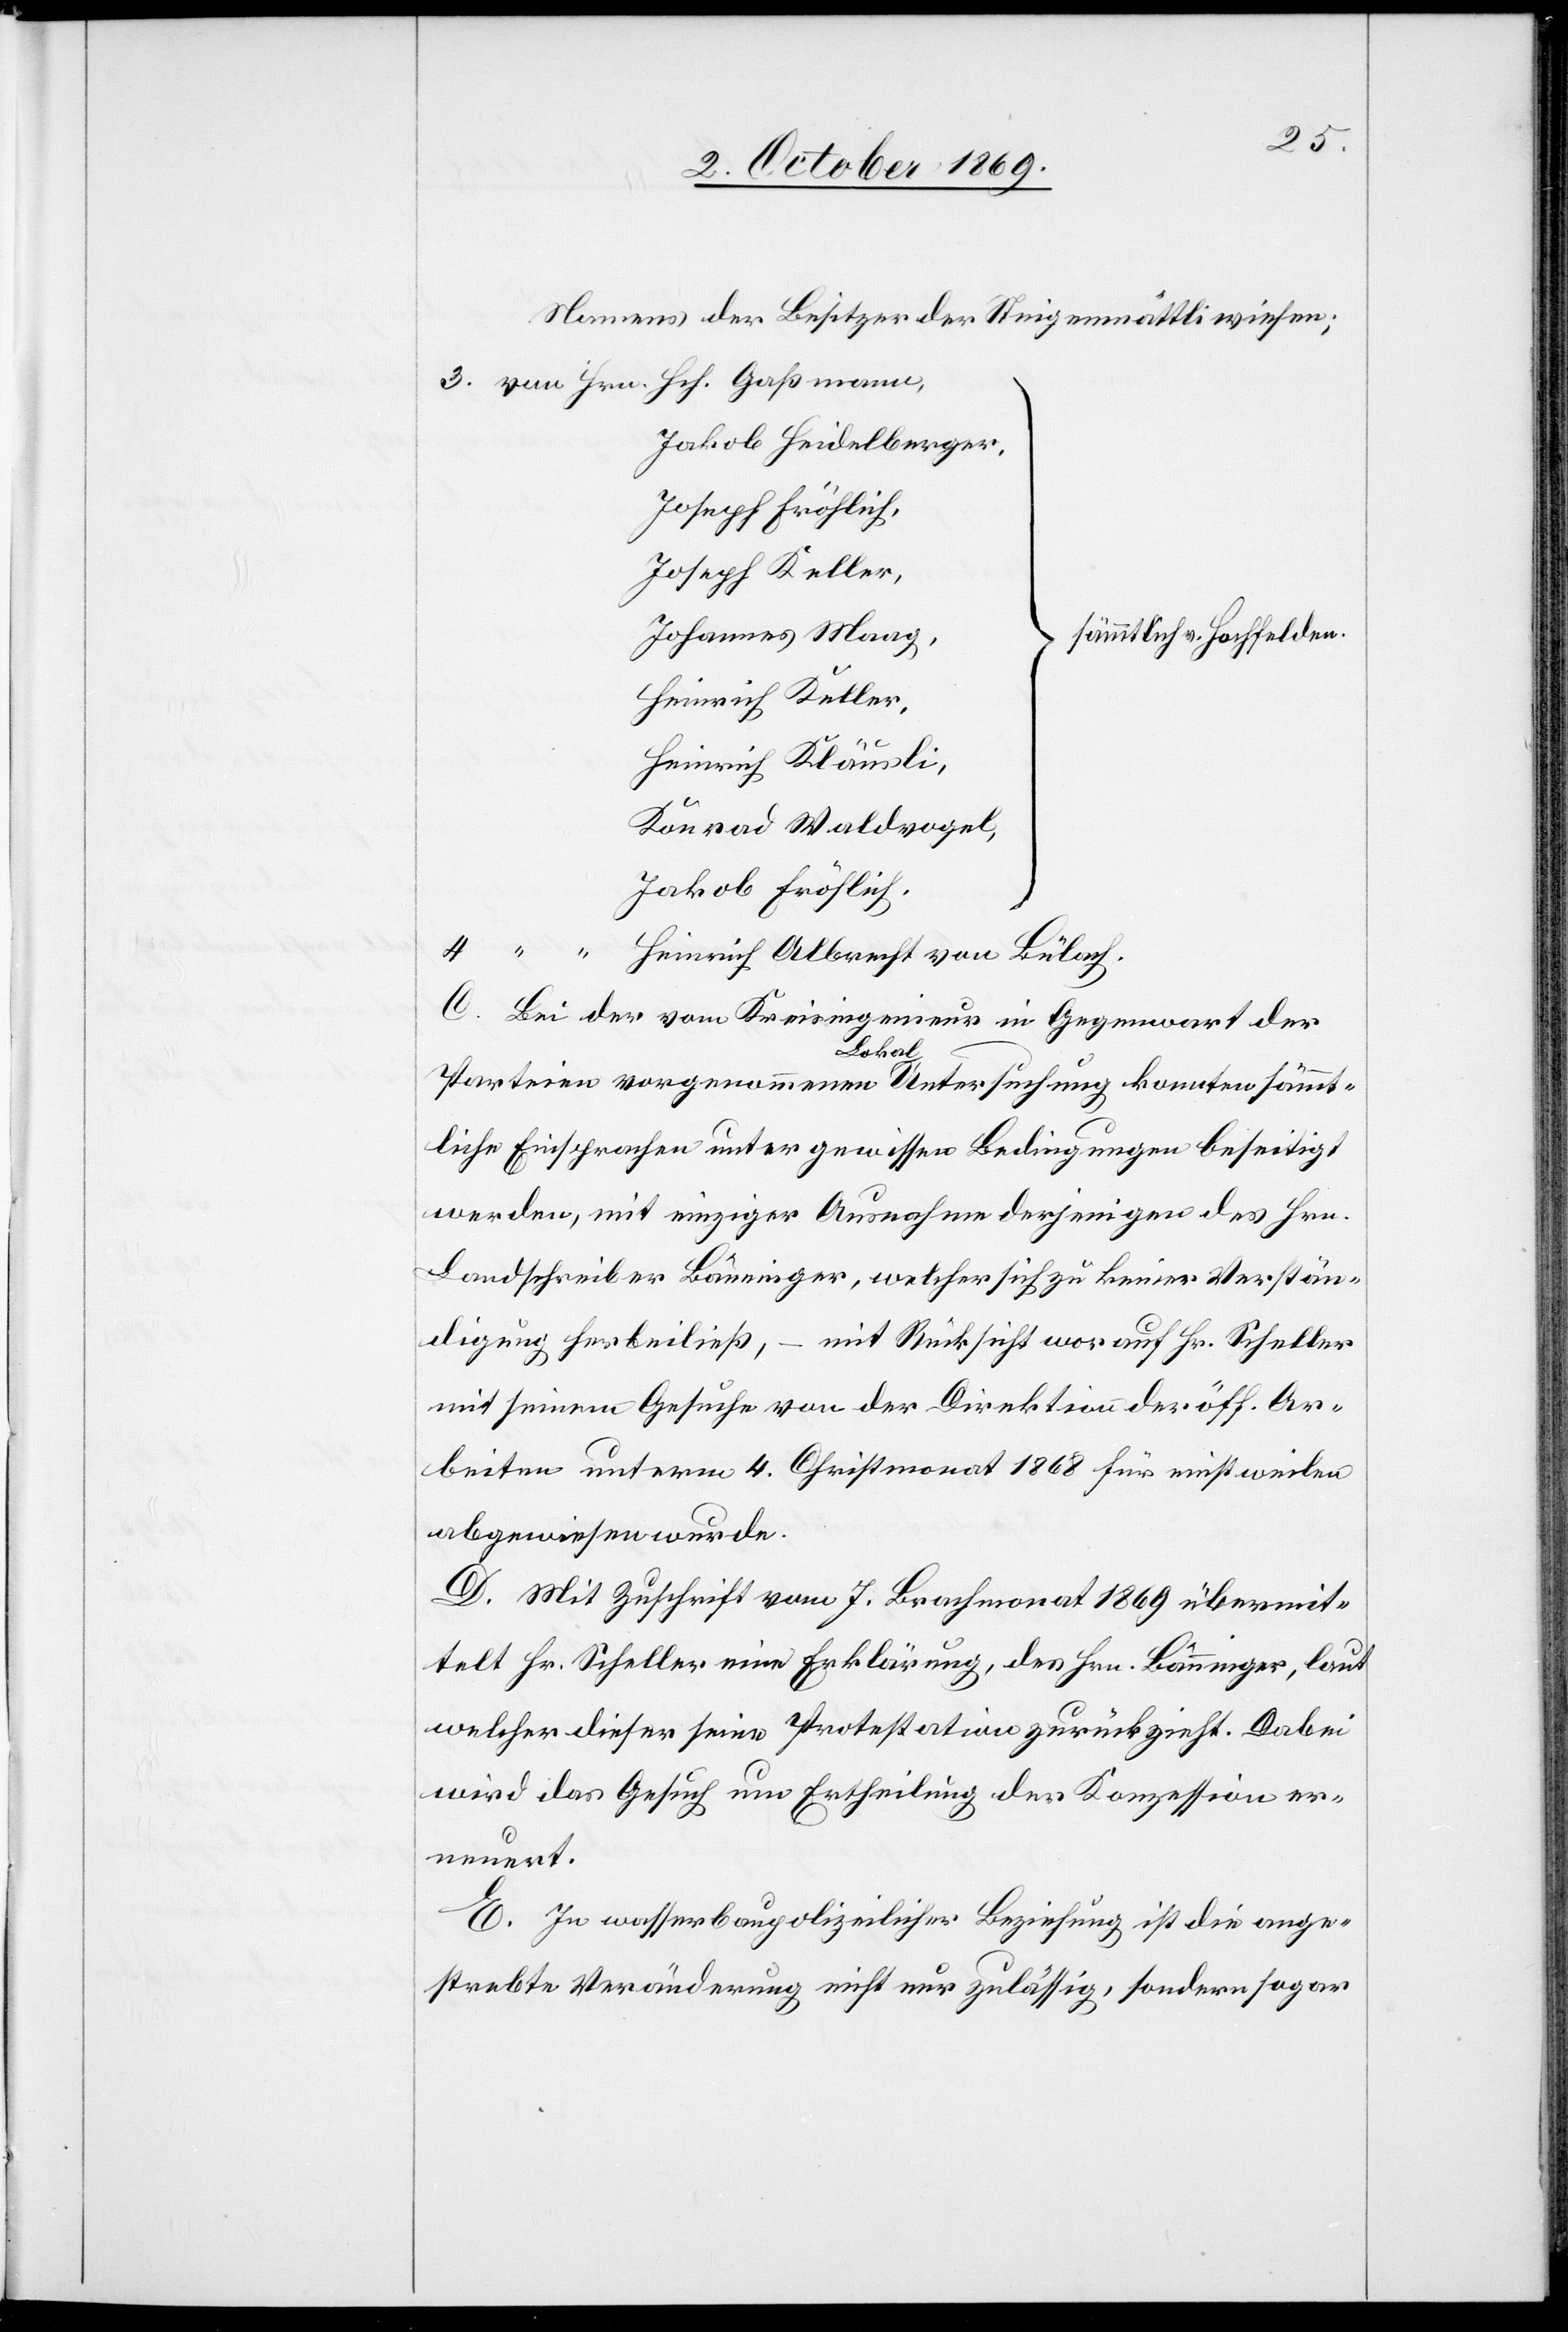
Namens der Besitzer der Steigenmättliwiesen;
Jakob Heidelberger,
Joseph Fröhlich,
Joseph Keller,
Johannes Maag,
sämmtlich v. Hochfelden.
Heinrich Keller,
Heinrich Kläusli,
Konrad Waldvogel,
Jakob Fröhlich,
Heinrich Albrecht von Bülach.
C. Bei der vom Kreisingenieur in Gegenwart der
Parteien vorgenommenen Lokal Untersuchung konnten sämmt¬
liche Einsprachen unter gewissen Bedingungen beseitigt
werden, mit einziger Ausnahme derjenigen des Hrn.
Landschreiber Bänninger, welcher sich zu keiner Verstän¬
digung herbeiließ, – mit Rücksicht worauf Hr. Scheller
mit seinem Gesuche von der Direktion der öff. Ar¬
beiten unterm 4. Christmonat 1868 für einstweilen
abgewiesen wurde.
D. Mit Zuschrift vom 7. Brachmonat 1869 übermit¬
telt Hr. Scheller eine Erklärung, des Hrn. Bänninger, laut
welcher dieser seine Protestation zurückzieht. Dabei
wird das Gesuch um Ertheilung der Konzession er¬
neuert.
E. In wasserbaupolizeilicher Beziehung ist die ange¬
strebte Veränderung nicht nur zulässig, sondern sogar